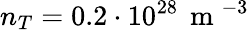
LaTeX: n_{T}=0.2\cdot 10^{28}\, \mathrm{~m~}^{-3}